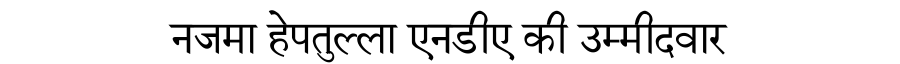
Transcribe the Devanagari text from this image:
नजमा हेपतुल्ला एनडीए की उम्मीदवार